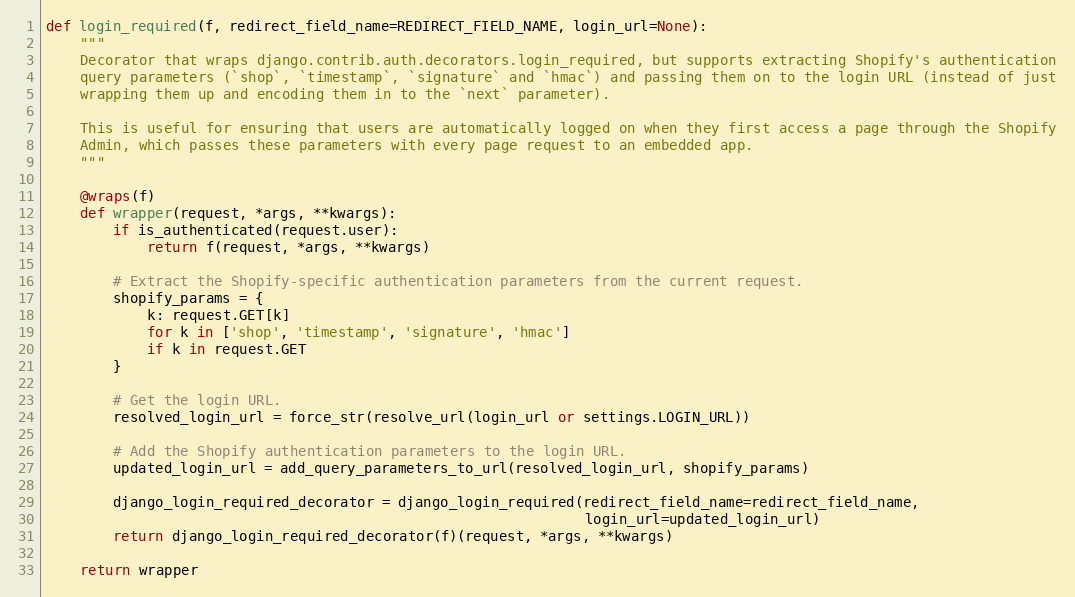
Language: Python
def login_required(f, redirect_field_name=REDIRECT_FIELD_NAME, login_url=None):
    """
    Decorator that wraps django.contrib.auth.decorators.login_required, but supports extracting Shopify's authentication
    query parameters (`shop`, `timestamp`, `signature` and `hmac`) and passing them on to the login URL (instead of just
    wrapping them up and encoding them in to the `next` parameter).

    This is useful for ensuring that users are automatically logged on when they first access a page through the Shopify
    Admin, which passes these parameters with every page request to an embedded app.
    """

    @wraps(f)
    def wrapper(request, *args, **kwargs):
        if is_authenticated(request.user):
            return f(request, *args, **kwargs)

        # Extract the Shopify-specific authentication parameters from the current request.
        shopify_params = {
            k: request.GET[k]
            for k in ['shop', 'timestamp', 'signature', 'hmac']
            if k in request.GET
        }

        # Get the login URL.
        resolved_login_url = force_str(resolve_url(login_url or settings.LOGIN_URL))

        # Add the Shopify authentication parameters to the login URL.
        updated_login_url = add_query_parameters_to_url(resolved_login_url, shopify_params)

        django_login_required_decorator = django_login_required(redirect_field_name=redirect_field_name,
                                                                login_url=updated_login_url)
        return django_login_required_decorator(f)(request, *args, **kwargs)

    return wrapper